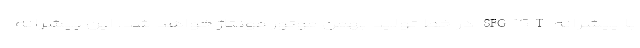
با پیشرانه SFG15T در خط تولید بهمن موتور مونتاژ خواهد شد. این پیشرانه